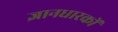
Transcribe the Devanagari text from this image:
ज्ञानधारकों